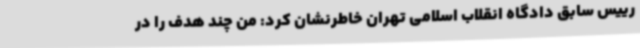
رییس سابق دادگاه انقلاب اسلامی تهران خاطرنشان کرد: من چند هدف را در